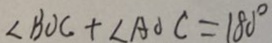
\angle B O C + \angle A O C = 1 8 0 ^ { \circ }